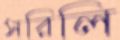
সরিলি